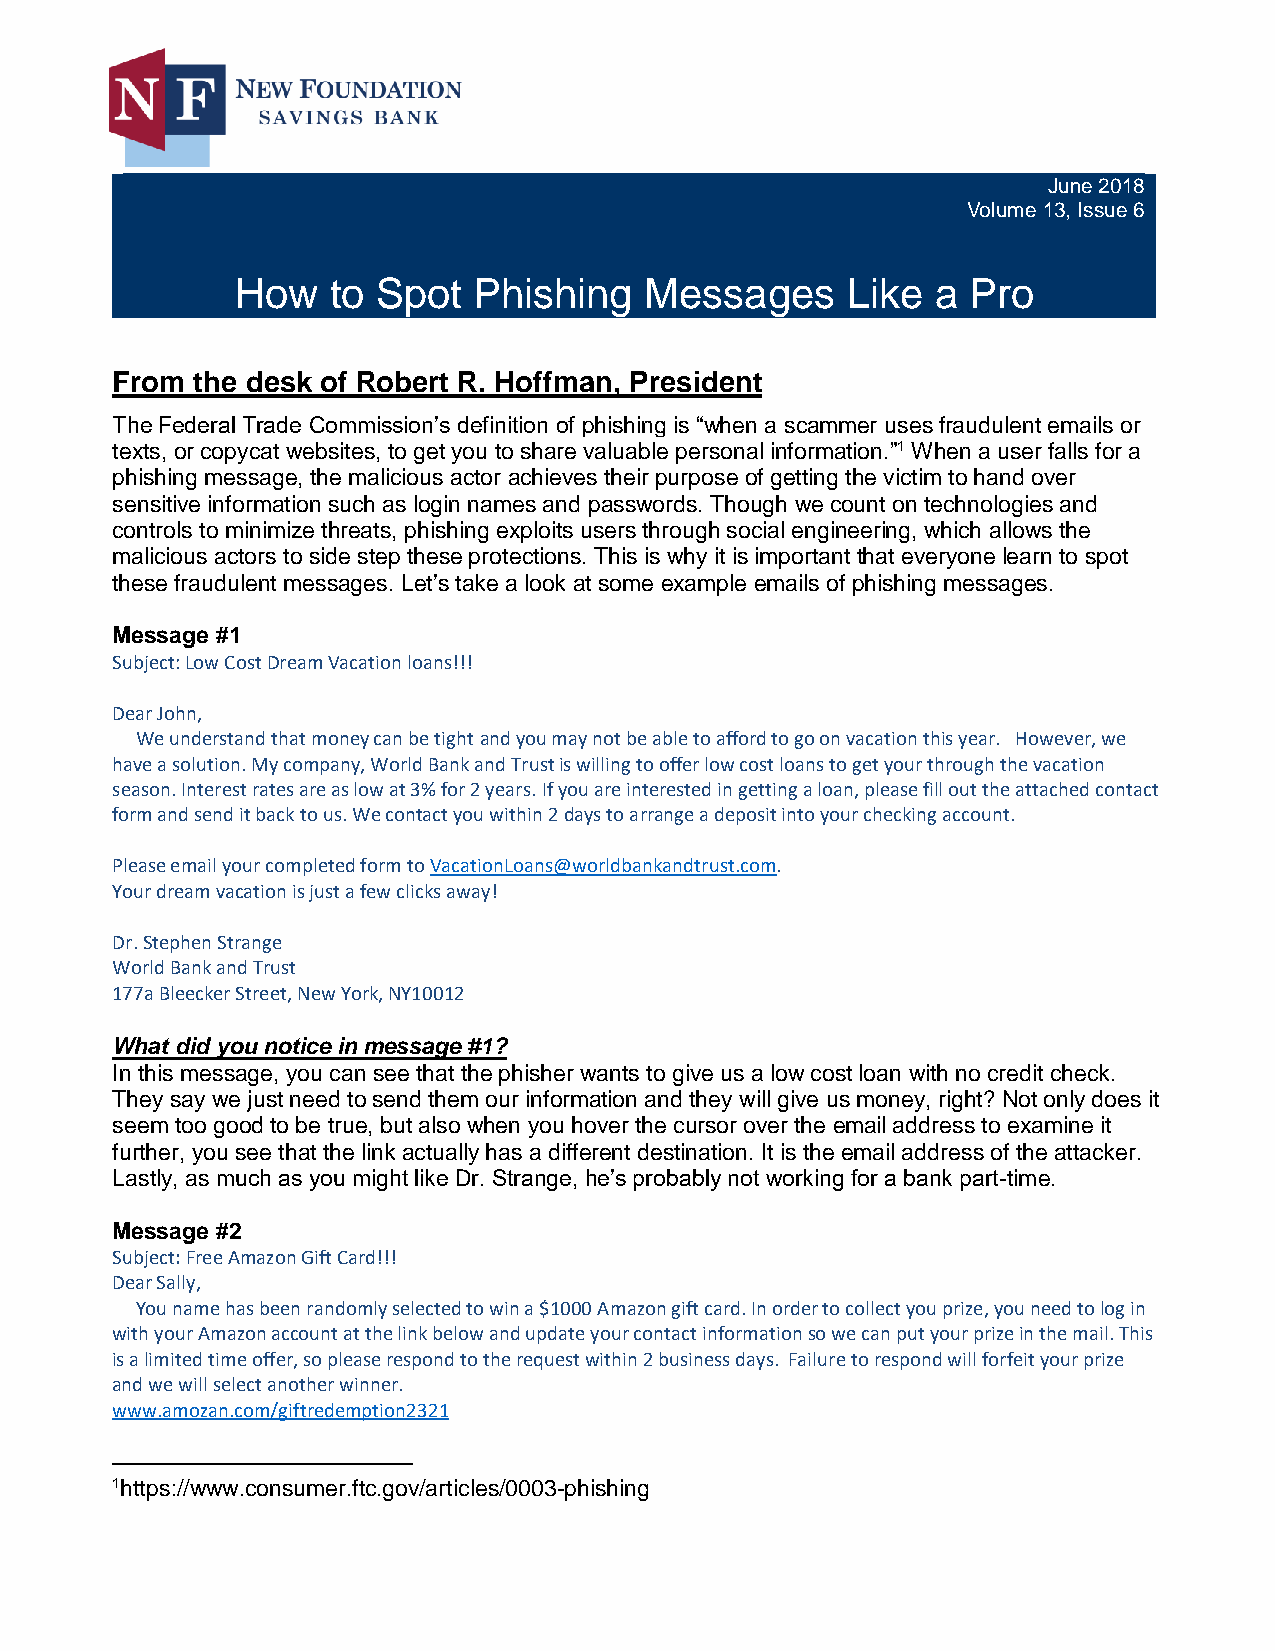
June 2018
 Volume 13, Issue 6
 How   to Spot  Phishing    Messages     Like  a Pro
 From  the desk of Robert R. Hoffman, President
 The Federal Trade Commission’s definition of phishing is “when a scammer uses fraudulent emails or
 texts, or copycat websites, to get you to share valuable personal information.”1 When a user falls for a
 phishing message, the malicious actor achieves their purpose of getting the victim to hand over
 sensitive information such as login names and passwords. Though we count on technologies and
 controls to minimize threats, phishing exploits users through social engineering, which allows the
 malicious actors to side step these protections. This is why it is important that everyone learn to spot
 these fraudulent messages. Let’s take a look at some example emails of phishing messages.
 Message #1
 Subject: Low Cost Dream Vacation loans!!!
 Dear John,
 We understand that money can be tight and you may not be able to afford to go on vacation this year. However, we
 have a solution. My company, World Bank and Trust is willing to offer low cost loans to get your through the vacation
 season. Interest rates are as low at 3% for 2 years. If you are interested in getting a loan, please fill out the attached contact
 form and send it back to us. We contact you within 2 days to arrange a deposit into your checking account.
 Please email your completed form to VacationLoans@worldbankandtrust.com.
 Your dream vacation is just a few clicks away!
 Dr. Stephen Strange
 World Bank and Trust
 177a Bleecker Street, New York, NY10012
 What did you notice in message #1?
 In this message, you can see that the phisher wants to give us a low cost loan with no credit check.
 They say we just need to send them our information and they will give us money, right? Not only does it
 seem too good to be true, but also when you hover the cursor over the email address to examine it
 further, you see that the link actually has a different destination. It is the email address of the attacker.
 Lastly, as much as you might like Dr. Strange, he’s probably not working for a bank part-time.
 Message #2
 Subject: Free Amazon Gift Card!!!
 Dear Sally,
 You name has been randomly selected to win a $1000 Amazon gift card. In order to collect you prize, you need to log in
 with your Amazon account at the link below and update your contact information so we can put your prize in the mail. This
 is a limited time offer, so please respond to the request within 2 business days. Failure to respond will forfeit your prize
 and we will select another winner.
 www.amozan.com/giftredemption2321
 1https://www.consumer.ftc.gov/articles/0003-phishing